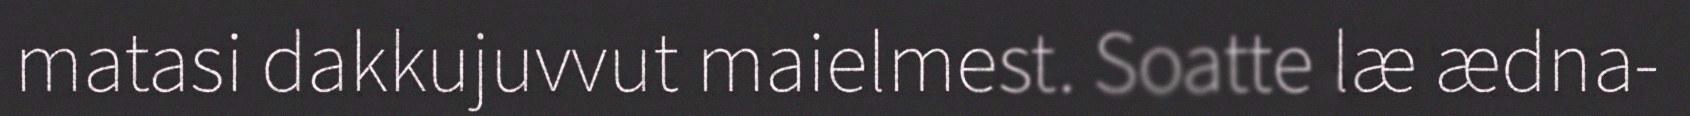
matasi dakkujuvvut maielmest. Soatte læ ædna-